Document type: Emphyteutic lease
Year: 1316
Scribe: Berenguer de Vallseca
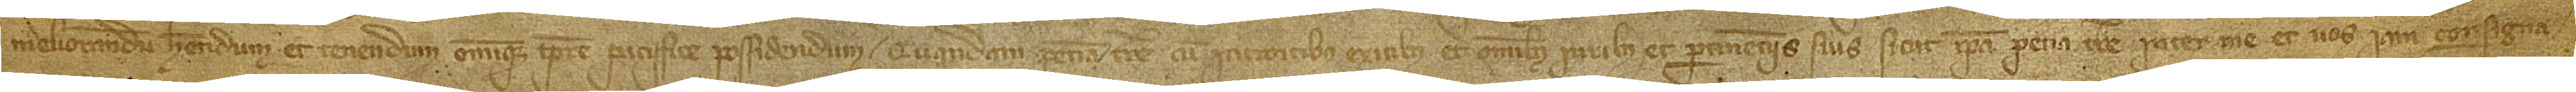
meliorandum, habendum et tenendum omnique tempore paciffice possidendum, quandam petiam terre cum introitibus, exitibus et omnibus iuribus et pertinenciis suis, sicut ipsa pecia terre inter me et vos iam consigna-